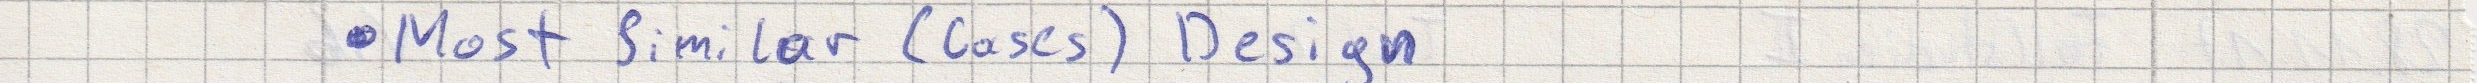
- Most Similar (Cases) Design